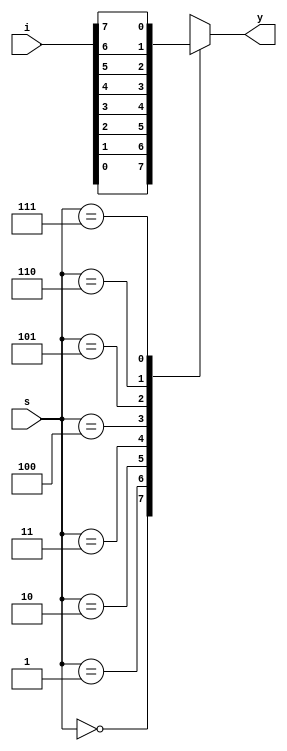
module mux_8x1 (i,s,y);
input [7:0]  i;
input [2:0] s;
output  reg y;
always @(*)
 begin
    case(s)
    3'b000 : y  = i[0];
    3'b001 : y  = i[1];
    3'b010 : y  = i[2];
    3'b011 : y  = i[3];
    3'b100 : y  = i[4];
    3'b101 : y  = i[5];
    3'b110 : y  = i[6];
    3'b111 : y  = i[7];
    endcase
end
    
endmodule